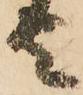
者